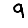
Digit: 9